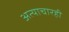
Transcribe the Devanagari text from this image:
अत्याचारही